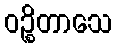
ဝဉ္စိတာသေ